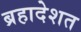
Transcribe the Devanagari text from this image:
ब्रहादेशत